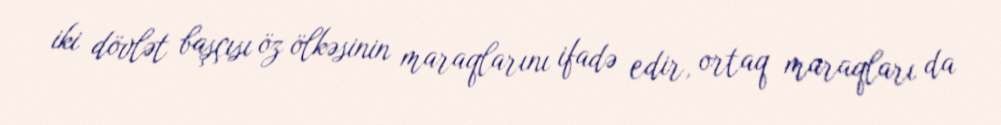
iki dövlət başçısı öz ölkəsinin maraqlarını ifadə edir, ortaq maraqları da